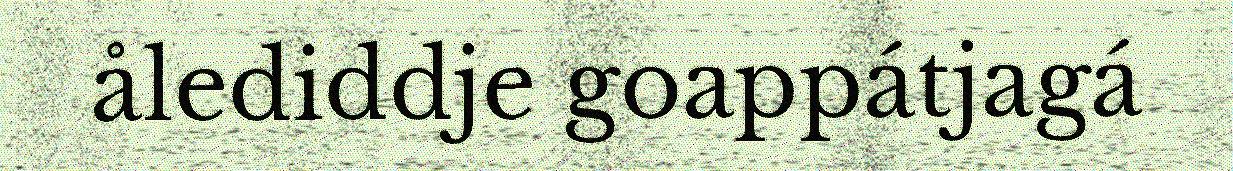
ålediddje goappátjagá